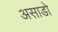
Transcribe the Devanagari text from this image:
असाडो